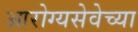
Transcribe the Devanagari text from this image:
आरोग्यसेवेच्या